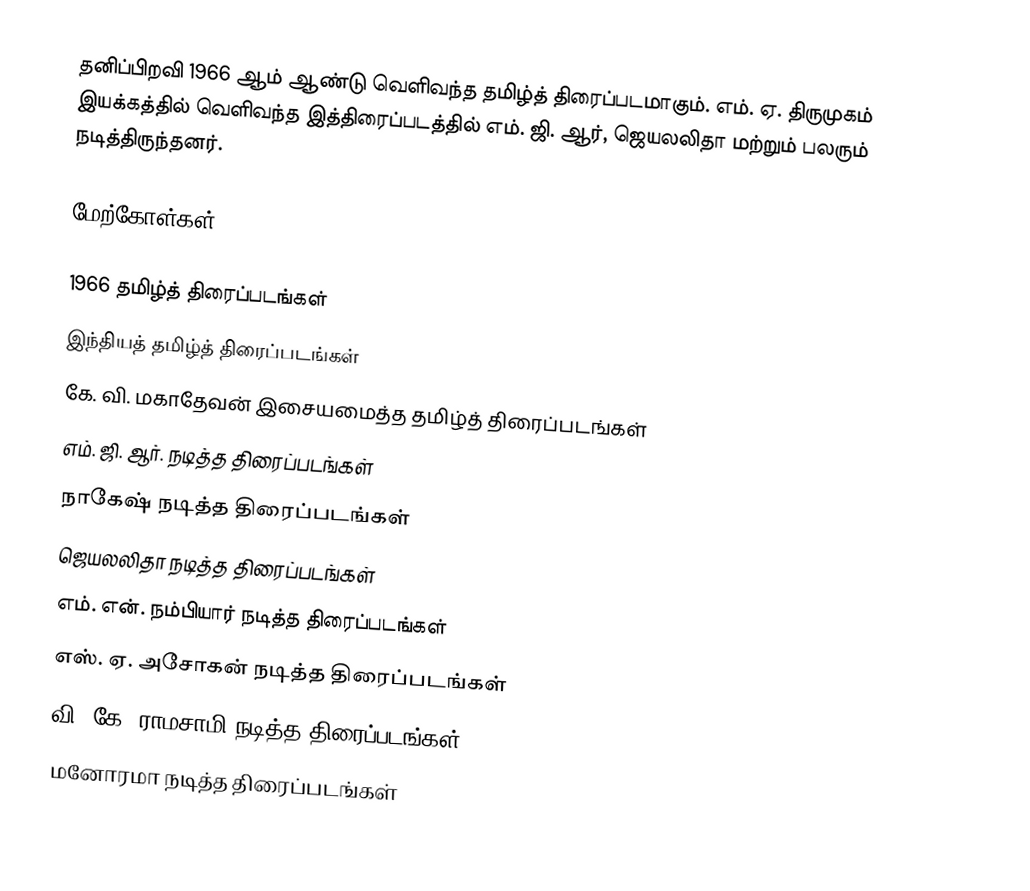
தனிப்பிறவி 1966 ஆம் ஆண்டு வெளிவந்த தமிழ்த் திரைப்படமாகும். எம். ஏ. திருமுகம் இயக்கத்தில் வெளிவந்த இத்திரைப்படத்தில் எம். ஜி. ஆர், ஜெயலலிதா மற்றும் பலரும் நடித்திருந்தனர்.

மேற்கோள்கள்

1966 தமிழ்த் திரைப்படங்கள்
இந்தியத் தமிழ்த் திரைப்படங்கள்
கே. வி. மகாதேவன் இசையமைத்த தமிழ்த் திரைப்படங்கள்
எம். ஜி. ஆர். நடித்த திரைப்படங்கள்
நாகேஷ் நடித்த திரைப்படங்கள்
ஜெயலலிதா நடித்த திரைப்படங்கள்
எம். என். நம்பியார் நடித்த திரைப்படங்கள்
எஸ். ஏ. அசோகன் நடித்த திரைப்படங்கள்
வி. கே. ராமசாமி நடித்த திரைப்படங்கள்
மனோரமா நடித்த திரைப்படங்கள்